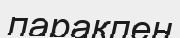
парақпен